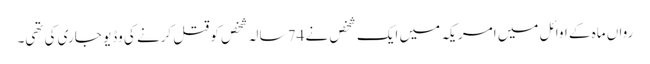
رواں ماہ کے اوائل میں امریکہ میں ایک شخص نے 74 سالہ شخص کو قتل کرنے کی وڈیو جاری کی تھی۔